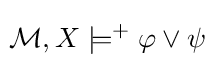
\!{\mathcal {M}},X\models ^{+}\varphi \vee \psi